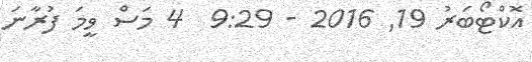
އޮކްޓޯބަރު 19